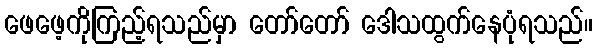
ဖေဖေ့ကိုကြည့်ရသည်မှာ တော်တော် ဒေါသထွက်နေပုံရသည်။